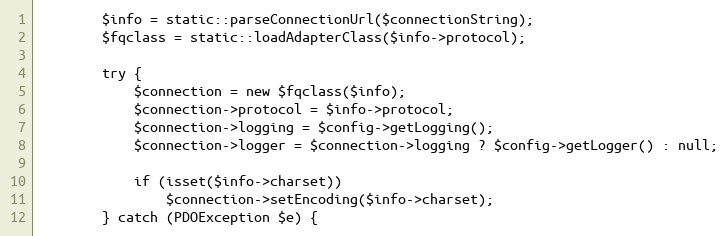
Language: PHP
		$info = static::parseConnectionUrl($connectionString);
		$fqclass = static::loadAdapterClass($info->protocol);

		try {
			$connection = new $fqclass($info);
			$connection->protocol = $info->protocol;
			$connection->logging = $config->getLogging();
			$connection->logger = $connection->logging ? $config->getLogger() : null;

			if (isset($info->charset))
				$connection->setEncoding($info->charset);
		} catch (PDOException $e) {